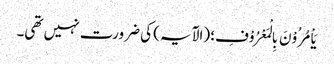
یَاْمُرُوْنَ بِالْمَعْرُوْفِ؛ (الآیہ) کی ضرورت نہیں تھی۔